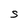
Character: S